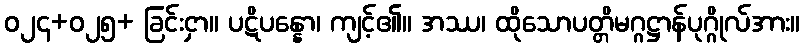
ဝ၂၄+၀၂၅+ ခြင်းငှာ။ ပဋိပန္နော၊ ကျင့်၏။ အဿ၊ ထိုသောပတ္တိမဂ္ဂဋ္ဌာန်ပုဂ္ဂိုလ်အား။